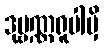
ဒုဗ္ဗဏ္ဏရူပါမှိ